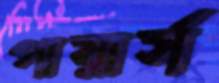
পায়ার্স